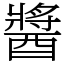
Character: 醬